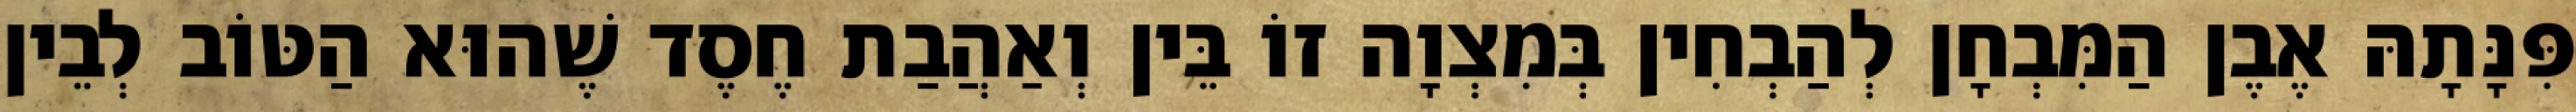
פִּנָּתָהּ אֶבֶן הַמִּבְחָן לְהַבְחִין בְּמִצְוָה זוֹ בֵּין וְאַהֲבַת חֶסֶד שֶׁהוּא הַטּוֹב לְבֵין